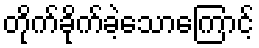
တိုက်ခိုက်ခဲ့သောကြောင့်